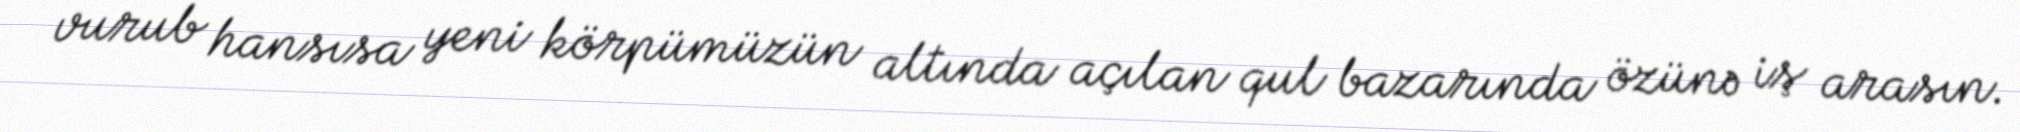
vurub hansısa yeni körpümüzün altında açılan qul bazarında özünə iş arasın.